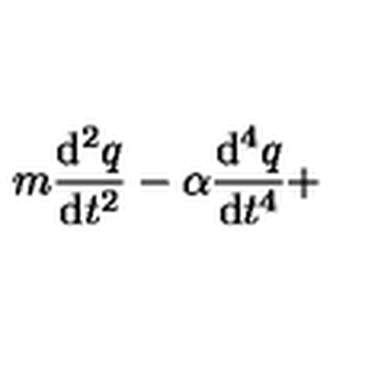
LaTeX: m \frac { \mathrm { d } ^ { 2 } q } { \mathrm { d } t ^ { 2 } } - \alpha \frac { \mathrm { d } ^ { 4 } q } { \mathrm { d } t ^ { 4 } } +